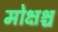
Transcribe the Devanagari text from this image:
मोक्षश्च